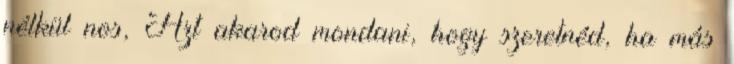
nélkül nos, Azt akarod mondani, hogy szeretnéd, ha más